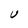
Character: U